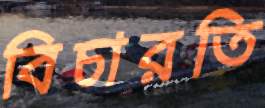
বিচারতি